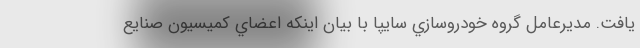
يافت. مديرعامل گروه خودروسازي سايپا با بيان اينكه اعضاي كميسيون صنايع